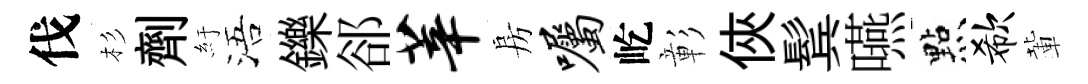
伐杉劑紆浯鑠郤莘房嘱屹彰俠鬂嚥㸃欷輩